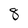
Character: 8